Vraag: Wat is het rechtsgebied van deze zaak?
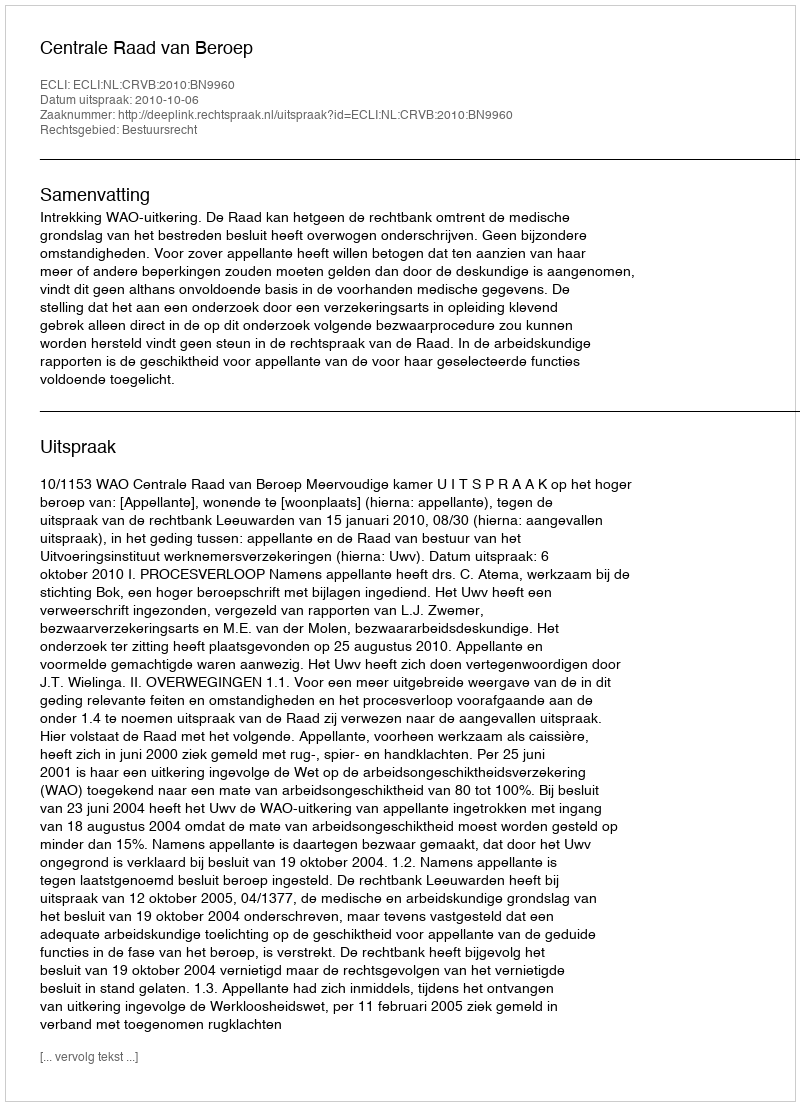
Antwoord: Bestuursrecht